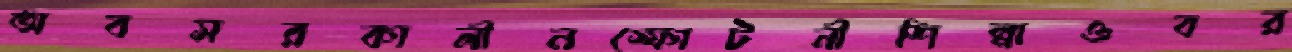
অবসরকালীনস্ফোটনীশিল্পাওবর